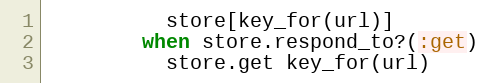
Language: Ruby
          store[key_for(url)]
        when store.respond_to?(:get)
          store.get key_for(url)